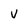
Character: y